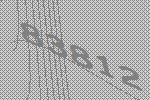
83812